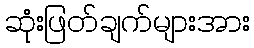
ဆုံးဖြတ်ချက်များအား